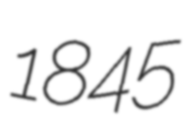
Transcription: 1845